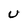
Character: U